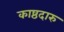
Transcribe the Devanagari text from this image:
काष्ठदारु